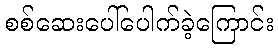
စစ်ဆေးပေါ်ပေါက်ခဲ့ကြောင်း